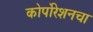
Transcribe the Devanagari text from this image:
कोर्पोरेशनचा